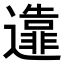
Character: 𨘴